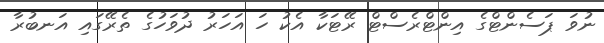
ނުވަ ޕަސެންޓްގެ އިންޓްރެސްޓް ރޭޓަކާ އެކު ހަ އަހަރު ދުވަހުގެ ތެރޭގައި އަނބުރާ